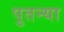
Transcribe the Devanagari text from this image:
पुतन्या